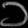
Digit: ၁